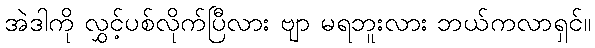
အဲဒါကို လွှင့်ပစ်လိုက်ပြီလား ဗျာ မရဘူးလား ဘယ်ကလာရှင်။